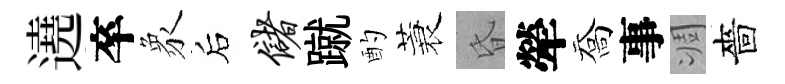
遶卒象后储蹴酌蓑昏犖喬事凋嗇